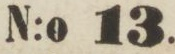
tan No 14.